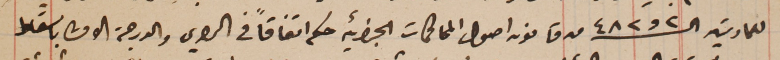
للمادتين الـ ٢ و٤٨٢ من قانون اصول المحاكمات الجزائيه حكم اتفاقاً فى الراي والدرجة الاولى باسقاط